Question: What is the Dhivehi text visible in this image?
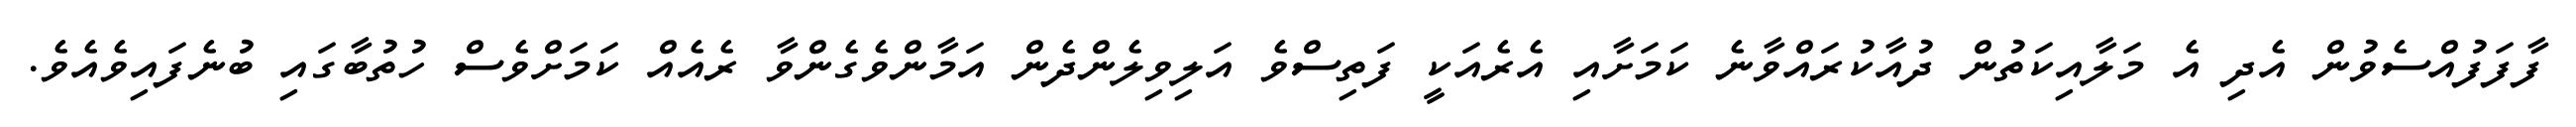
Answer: ފާފަފުއްސެވުން އެދި އެ މަލާއިކަތުން ދުއާކުރައްވާނެ ކަމަށާއި އެރެއަކީ ފަތިސްވެ އަލިވިލެންދެން އަމާންވެގެންވާ ރެއެއް ކަމަށްވެސް ހުތުބާގައި ބުނެފައިވެއެވެ.